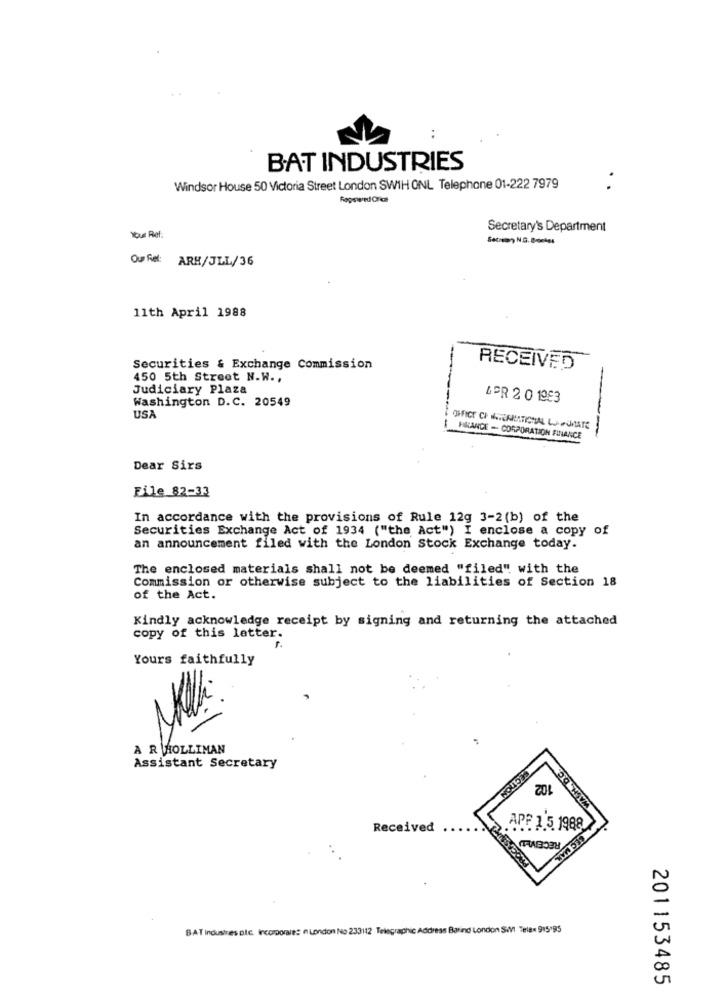
BAT INDUSTRIES
.
Windsor House 50 Victoria Street London SWIH ONL Telephone 01-222 7979
RapswedOrce
Secretary's Department
Your Ref.
Ou Felt: ARH/JLL/36
11th April 1988
Securities & Exchange Commission
RECEIVED
450 5th Street N.W .,
Judiciary Plaza
Washington D.C. 20549
LER 2 0 1983
USA
OFFICE CH NETERRATICHAL LUHUMATE
--
IHRANDE - CORPORATION FINANCE
Dear Sirs
File 82-33
In accordance with the provisions of Rule 12g 3-2 (b) of the
Securities Exchange Act of 1934 ("the Act") I enclose a copy of
an announcement filed with the London Stock Exchange today.
The enclosed materials shall not be deemed "filed" with the
Commission or otherwise subject to the liabilities of Section 18
of the Act.
Kindly acknowledge receipt by signing and returning the attached
copy of this letter.
Yours faithfully
A R HOLLIMAN
Assistant Secretary
SECTION
20
Received
APF 1.5 1988
RECEIVED
BEC MAX
BAT Industres Die incorporaies e London No 233112 Telegraphic Address Barind London SWVI Telex 915195
201153485